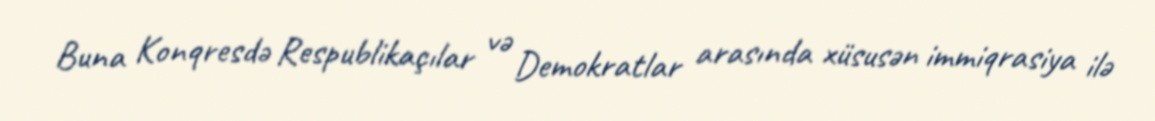
Buna Konqresdə Respublikaçılar və Demokratlar arasında xüsusən immiqrasiya ilə